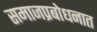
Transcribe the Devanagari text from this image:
समाजप्रबोधनात